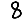
Digit: 8